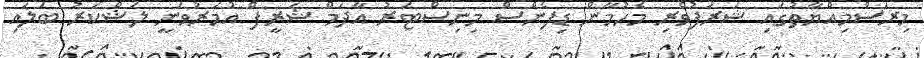
މިރަސްމިއްޔާތުގައި ޝަރަފުވެރި މެހުމާން ޑިފެންސް މިނިސްޓަރު އާދަމް ޝަރީފް އުމަރުވަނީ ލަޝްކަރު ބަލައި